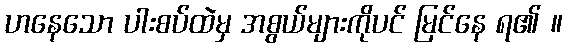
ဟနေသော ပါးစပ်ထဲမှ အစွယ်များကိုပင် မြင်နေ ရ၏ ။